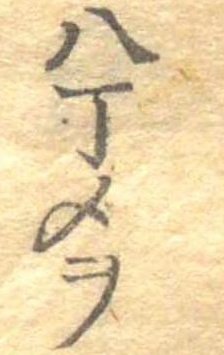
八丁メヲ